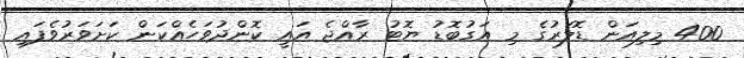
400 މިލިއަން ޑޮލަރުގެ މި އަގުބޮޑު ޔޮޓު ރާއްޖެ އައީ ކޮންދުވަހެއްކަން ކަށަވަރުވެފައި